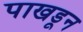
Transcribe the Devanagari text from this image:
पाखडून